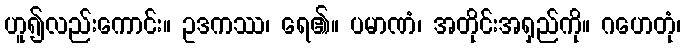
ဟူ၍လည်းကောင်း။ ဥဒကဿ၊ ရေ၏။ ပမာဏံ၊ အတိုင်းအရှည်ကို။ ဂဟေတုံ၊